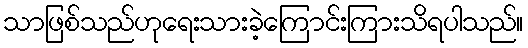
သာဖြစ်သည်ဟုရေးသားခဲ့ကြောင်းကြားသိရပါသည်။